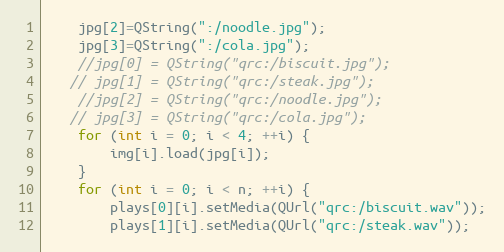
Language: C++
    jpg[2]=QString(":/noodle.jpg");
    jpg[3]=QString(":/cola.jpg");
    //jpg[0] = QString("qrc:/biscuit.jpg");
   // jpg[1] = QString("qrc:/steak.jpg");
    //jpg[2] = QString("qrc:/noodle.jpg");
   // jpg[3] = QString("qrc:/cola.jpg");
    for (int i = 0; i < 4; ++i) {
        img[i].load(jpg[i]);
    }
    for (int i = 0; i < n; ++i) {
        plays[0][i].setMedia(QUrl("qrc:/biscuit.wav"));
        plays[1][i].setMedia(QUrl("qrc:/steak.wav"));